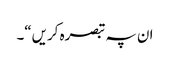
ان پہ تبصرہ کریں“۔